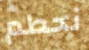
نحطم